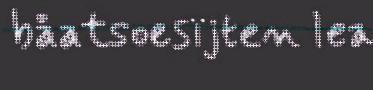
båatsoesïjten lea